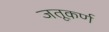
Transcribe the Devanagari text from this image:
जतूकर्ण